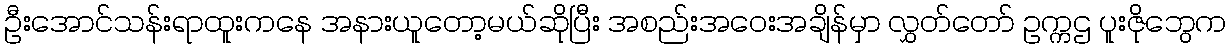
ဦးအောင်သန်းရာထူးကနေ အနားယူတော့မယ်ဆိုပြီး အစည်းအဝေးအချိန်မှာ လွှတ်တော် ဥက္ကဌ ပူးဇိုဘွေက